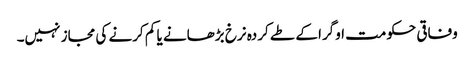
وفاقی حکومت اوگرا کے طے کردہ نرخ بڑھانے یا کم کرنے کی مجاز نہیں۔